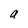
Character: a